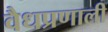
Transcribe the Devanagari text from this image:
वैधप्रणाली